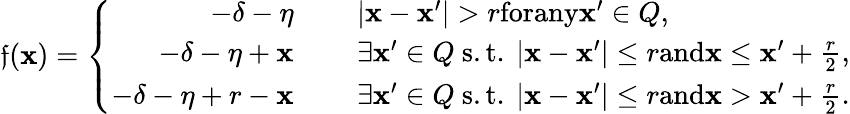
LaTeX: \mathfrak{f}(\mathbf{x})=\left\{ \begin{array}{rl}{-\delta-\eta~~~~~}&{|\mathbf x-\mathbf x^{\prime}|>r\textnormal{forany}\mathbf x^{\prime}\in Q,}\\ {-\delta-\eta+\mathbf x~~~~~}&{\exists\mathbf x^{\prime}\in Q\mathrm{~s.t.~}|\mathbf x-\mathbf x^{\prime}|\le r\textnormal{and}\mathbf x\leq\mathbf x^{\prime}+\frac{r}{2},}\\ {-\delta-\eta+r-\mathbf x~~~~~}&{\exists\mathbf x^{\prime}\in Q\mathrm{~s.t.~}|\mathbf x-\mathbf x^{\prime}|\le r\textnormal{and}\mathbf x>\mathbf x^{\prime}+\frac{r}{2}.}\end{array}\right.